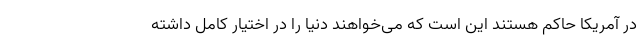
در آمریکا حاکم هستند این است که می‌خواهند دنیا را در اختیار کامل داشته